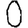
Digit: 0